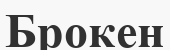
Брокен